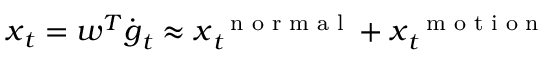
\boldsymbol x _ { t } = \boldsymbol w ^ { T } \dot { \boldsymbol g } _ { t } \approx \boldsymbol x _ { t } ^ { \mathrm { ~ \scriptsize ~ n ~ o ~ r ~ m ~ a ~ l ~ } } + \boldsymbol x _ { t } ^ { \mathrm { ~ \scriptsize ~ m ~ o ~ t ~ i ~ o ~ n ~ } }